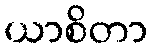
ယာစိတာ